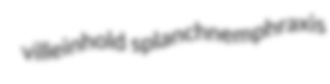
villeinhold splanchnemphraxis